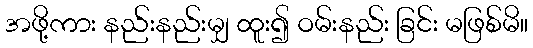
အဖို့ကား နည်းနည်းမျှ ထူး၍ ဝမ်းနည်း ခြင်း မဖြစ်မိ။